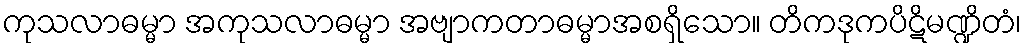
ကုသလာဓမ္မာ အကုသလာဓမ္မာ အဗျာကတာဓမ္မာအစရှိသော။ တိကဒုကပိဋိမဏ္ဍိတံ၊